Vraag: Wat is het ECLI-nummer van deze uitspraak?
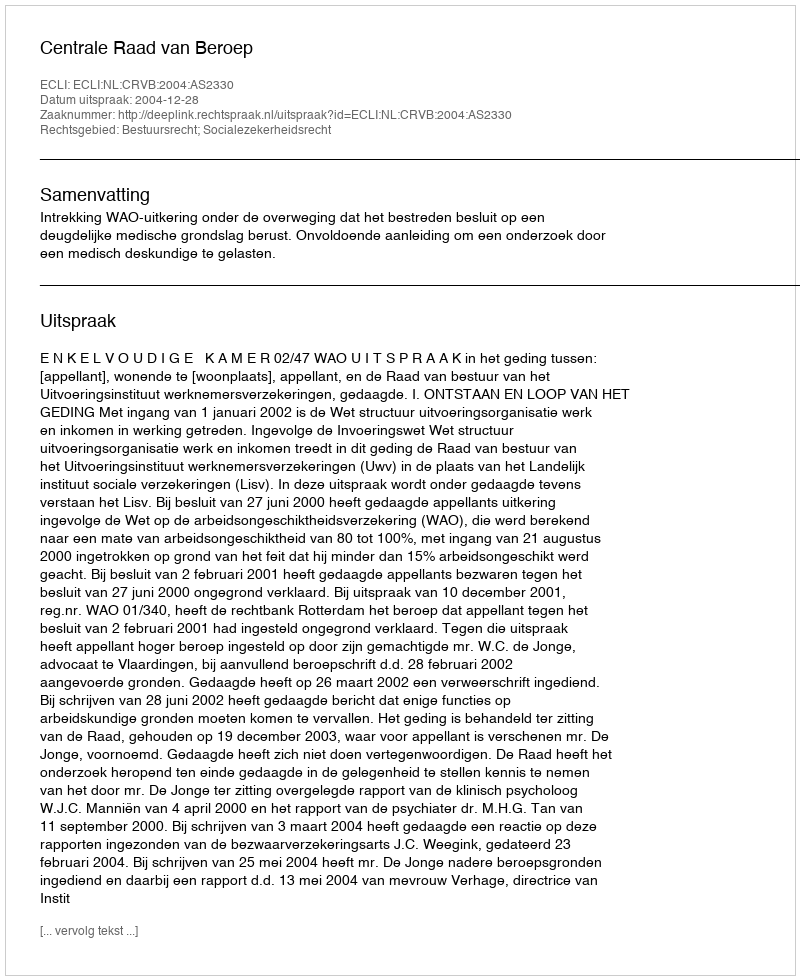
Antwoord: ECLI:NL:CRVB:2004:AS2330